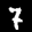
Label: 7